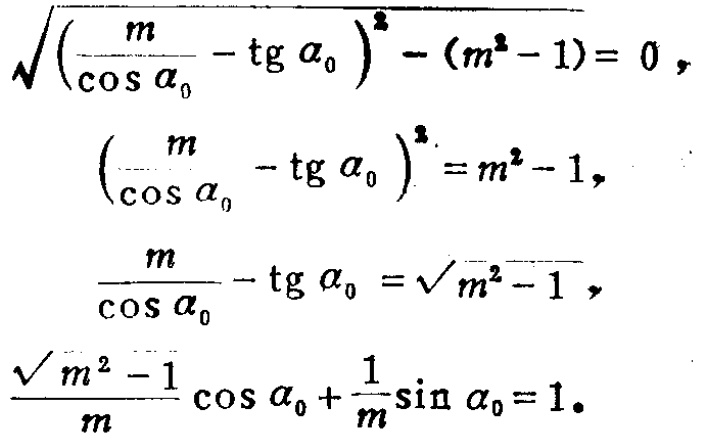
\[\begin{align*}

&\sqrt{\left(\frac{m}{\cos\alpha_{0}}-\tg\alpha_{0}\right)^{2}-(m^{2}-1)} = 0,\\

&\left(\frac{m}{\cos\alpha_{0}}-\tg\alpha_{0}\right)^{2}=m^{2}-1,\\

&\frac{m}{\cos\alpha_{0}}-\tg\alpha_{0}=\sqrt{m^{2}-1},\\

&\frac{\sqrt{m^{2}-1}}{m}\cos\alpha_{0}+\frac{1}{m}\sin\alpha_{0}=1.

\end{align*}\]